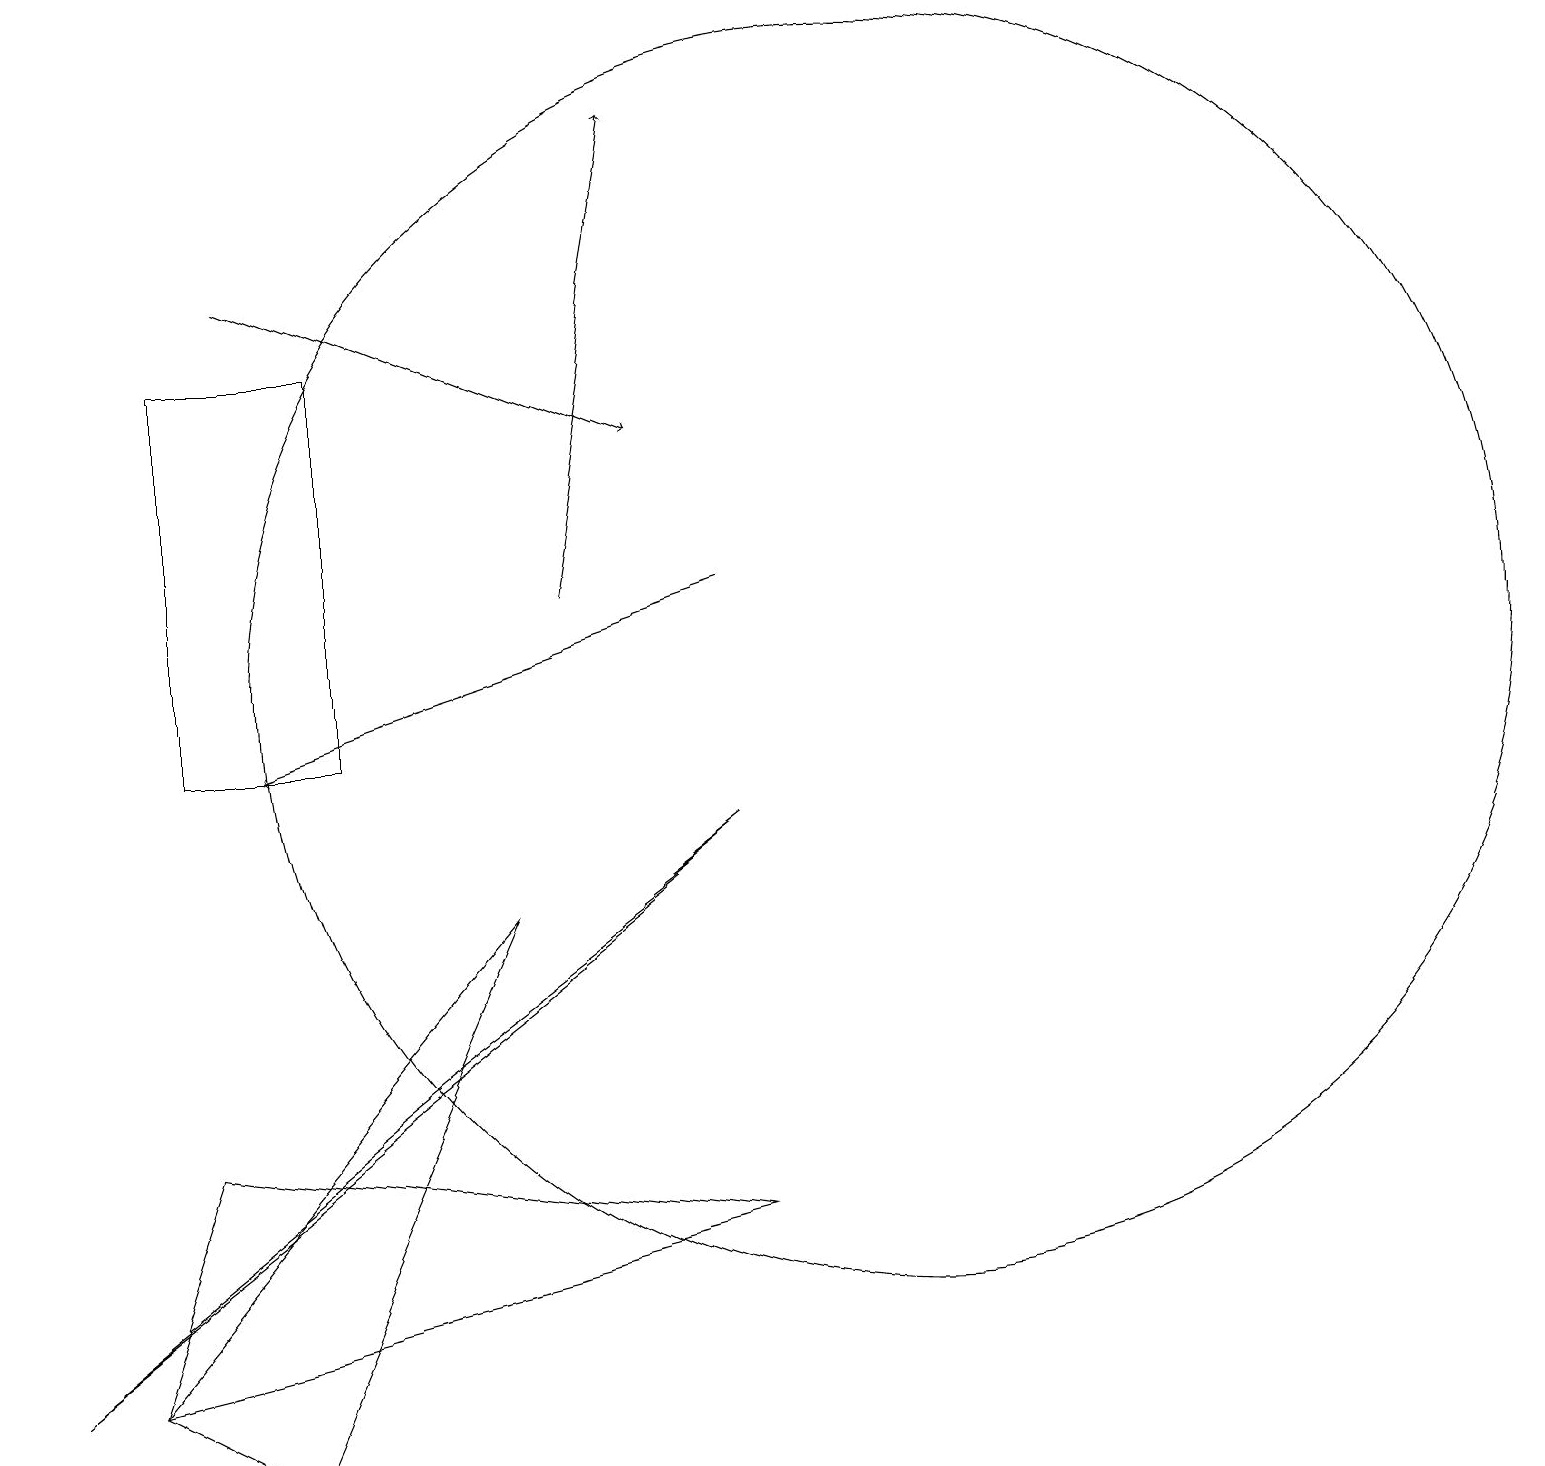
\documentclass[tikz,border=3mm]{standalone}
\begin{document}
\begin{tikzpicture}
\draw[->] (9,12) -- (3,10);
\draw (4,10) rectangle (2,15);
\draw (2,5) -- (1,2) -- (9,4) -- cycle;
\draw (0,2) -- (5,6) -- (9,9) -- cycle;
\draw[->] (3,16) -- (8,14);
\draw (11,11) circle (8);
\draw (3,1) -- (1,2) -- (6,8) -- cycle;
\draw[->] (7,12) -- (8,18);
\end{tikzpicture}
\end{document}